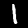
Digit: 1